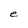
Character: e